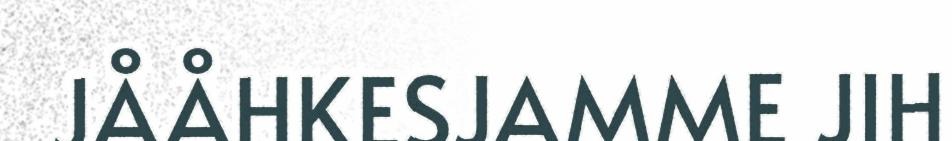
JÅÅHKESJAMME JIH